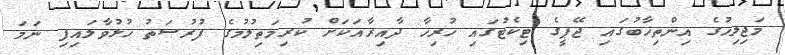
މަޖިލިހުގެ އިންތިޚާބުގައި ޖޭޕީގެ ޓިކެޓުގައި ހުރިހާ ދާއިރާއަކަށް ކުރިމަތިލުމުގެ ފުރުސަތު ހުޅުވާލައިފި ނަމަ